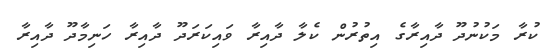
ކުރާ މަކުނުދޫ ދާއިރާގެ އިތުރުން ކެލާ ދާއިރާ ވައިކަރަދޫ ދާއިރާ ހަނިމާދޫ ދާއިރާ